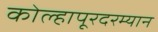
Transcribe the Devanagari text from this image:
कोल्हापूरदरम्यान